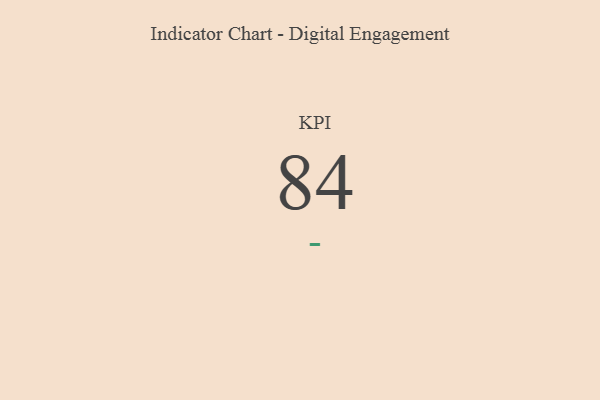
{"axis": {"x": "KPI", "y": "Value"}, "legend": [""], "data": [{"x": "KPI", "y": 84, "type": ""}]}